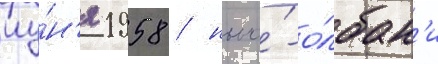
иу́н'я 1958 / нью́-о́лбан'и